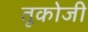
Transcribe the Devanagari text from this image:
तूकोजी